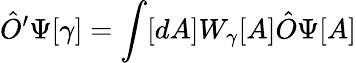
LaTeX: {\hat{O}}^{\prime}\Psi[\gamma]=\int[dA]W_{\gamma}[A]{\hat{O}}\Psi[A]